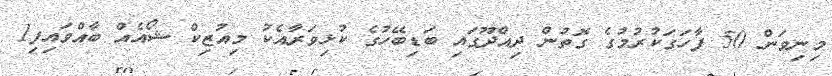
މިނިވަން 50 ފާހަގަކުރުމުގެ ގޮތުން ދިއްދޫގައި ބަޑިބޭހުގެ ކުޅިވަރާއެކު މިއުޒިކް ޝޯއެއް ބާއްވައިފި1